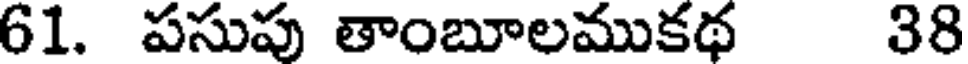
61. పసుపు తాంబూలముకథ 38